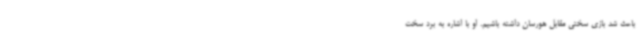
باعث شد بازی سختی مقابل هورسان داشته باشیم. او با اشاره به برد سخت